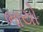
ભાયો